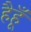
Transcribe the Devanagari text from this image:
हैहूँ